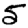
Digit: 5